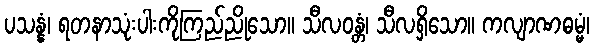
ပသန္နံ၊ ရတနာသုံးပါးကိုကြည်ညိုသော။ သီလဝန္တံ၊ သီလရှိသော။ ကလျာဏဓမ္မံ၊